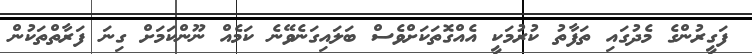
ފަގީރުންގެ މެދުގައި ތަފާތު ކުރުމަކީ އެއްގޮތަކަށްވެސް ބަލައިގަނެވޭނެ ކަމެއް ނޫންކަމަށް ގިނަ ފަރާތްތަކުން